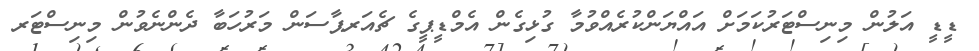
ޑީޑީ އަލުން މިނިސްޓަރުކަމަށް އައްޔަންކުރެއްވުމާ ގުޅިގެން އެމްޑީޕީގެ ޗެއަރޕާސަން މަރުހަބާ ދެންނެވުން މިނިސްޓަރ